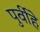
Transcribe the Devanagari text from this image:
पुर्वीहे